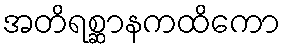
အတိရစ္ဆာနကထိကော